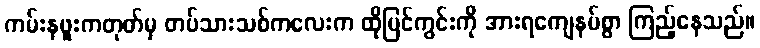
ကမ်းနဖူးကတုတ်မှ တပ်သားသစ်ကလေးက ထိုမြင်ကွင်းကို အားရကျေနပ်စွာ ကြည့်နေသည်။